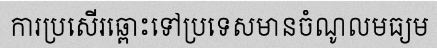
ការប្រសើរឆ្ពោះទៅប្រទេសមានចំណូលមធ្យម